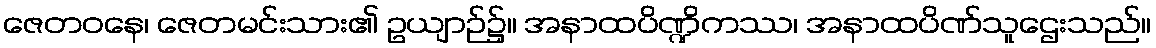
ဇေတဝနေ၊ ဇေတမင်းသား၏ ဥယျာဉ်၌။ အနာထပိဏ္ဍိကဿ၊ အနာထပိဏ်သူဌေးသည်။